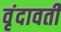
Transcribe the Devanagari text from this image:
वृंदावती